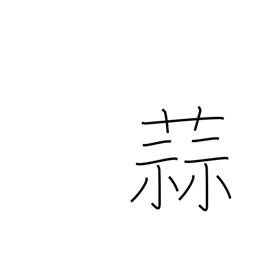
Meaning: garlic